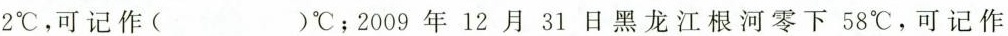
2℃，可记作()℃；2009年12月31日黑龙江根河零下58℃，可记作